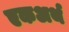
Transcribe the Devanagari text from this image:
एकअर्थ